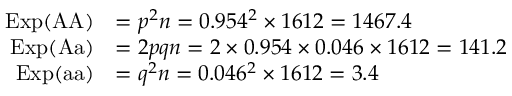
{ \begin{array} { r l } { \mathrm { E x p } ( { \mathrm { A A } } ) } & { = p ^ { 2 } n = 0 . 9 5 4 ^ { 2 } \times 1 6 1 2 = 1 4 6 7 . 4 } \\ { \mathrm { E x p } ( { \mathrm { A a } } ) } & { = 2 p q n = 2 \times 0 . 9 5 4 \times 0 . 0 4 6 \times 1 6 1 2 = 1 4 1 . 2 } \\ { \mathrm { E x p } ( { \mathrm { a a } } ) } & { = q ^ { 2 } n = 0 . 0 4 6 ^ { 2 } \times 1 6 1 2 = 3 . 4 } \end{array} }